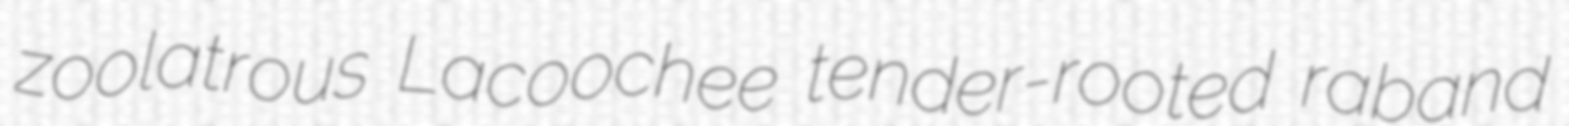
zoolatrous Lacoochee tender-rooted raband